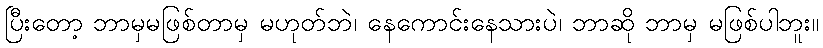
ပြီးတော့ ဘာမှမဖြစ်တာမှ မဟုတ်ဘဲ၊ နေကောင်းနေသားပဲ၊ ဘာဆို ဘာမှ မဖြစ်ပါဘူး။